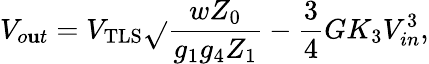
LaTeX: V_{o\mathbf{u}t}=V_{\mathrm{{TLS}}}\sqrt{}{{\frac{{wZ_{0}}}{{g_{1}g_{4}Z_{1}}}}}-\frac{{3}}{{4}}GK_{3}V_{in}^{3},